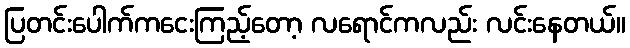
ပြတင်းပေါက်ကငေးကြည့်တော့ လရောင်ကလည်း လင်းနေတယ်။